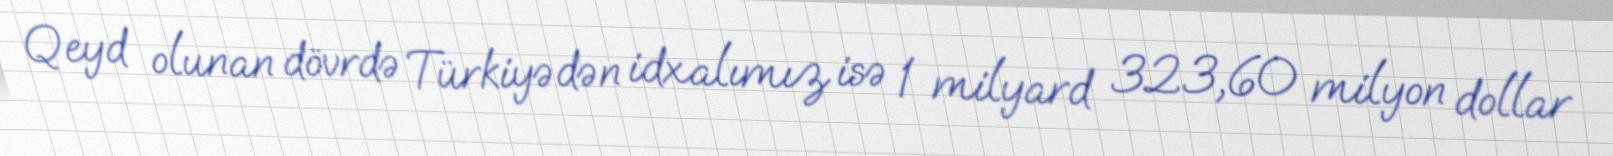
Qeyd olunan dövrdə Türkiyədən idxalımız isə 1 milyard 323,60 milyon dollar